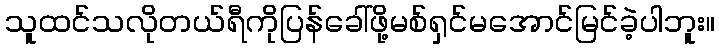
သူထင်သလိုတယ်ရီကိုပြန်ခေါ်ဖို့မစ်ရှင်မအောင်မြင်ခဲ့ပါဘူး။